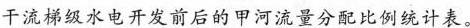
干流梯级水电开发前后的甲河流量分配比例统计表。